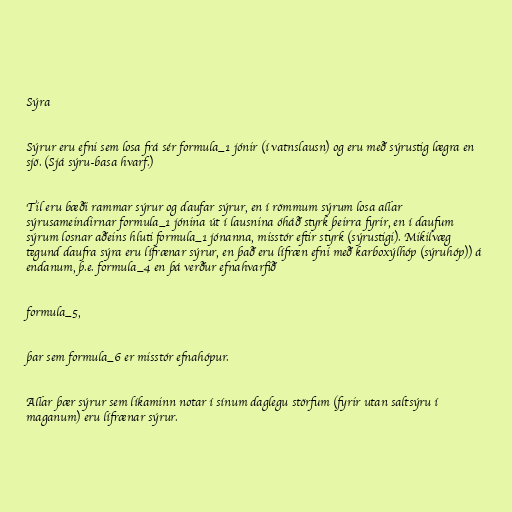
Sýra

Sýrur eru efni sem losa frá sér formula_1 jónir (í vatnslausn) og eru með sýrustig lægra en
sjö. (Sjá sýru-basa hvarf.)

Til eru bæði rammar sýrur og daufar sýrur, en í römmum sýrum losa allar
sýrusameindirnar formula_1 jónina út í lausnina óháð styrk þeirra fyrir, en í daufum
sýrum losnar aðeins hluti formula_1 jónanna, misstór eftir styrk (sýrustigi). Mikilvæg
tegund daufra sýra eru lífrænar sýrur, en það eru lífræn efni með karboxýlhóp (sýruhóp)) á
endanum, þ.e. formula_4 en þá verður efnahvarfið

formula_5,

þar sem formula_6 er misstór efnahópur.

Allar þær sýrur sem líkaminn notar í sínum daglegu störfum (fyrir utan saltsýru í
maganum) eru lífrænar sýrur.